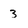
Character: 3